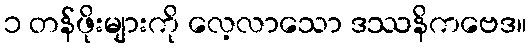
၁ တန်ဖိုးများကို လေ့လာသော ဒဿနိကဗေဒ။